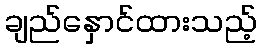
ချည်နှောင်ထားသည့်